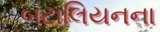
બટાલિયનના